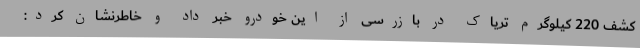
کشف 220 کیلوگرم تریاک در بازرسی از این خودرو خبر داد و خاطرنشان کرد: